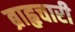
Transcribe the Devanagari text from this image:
ब्राहृचारी